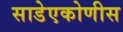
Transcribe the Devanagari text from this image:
साडेएकोणीस